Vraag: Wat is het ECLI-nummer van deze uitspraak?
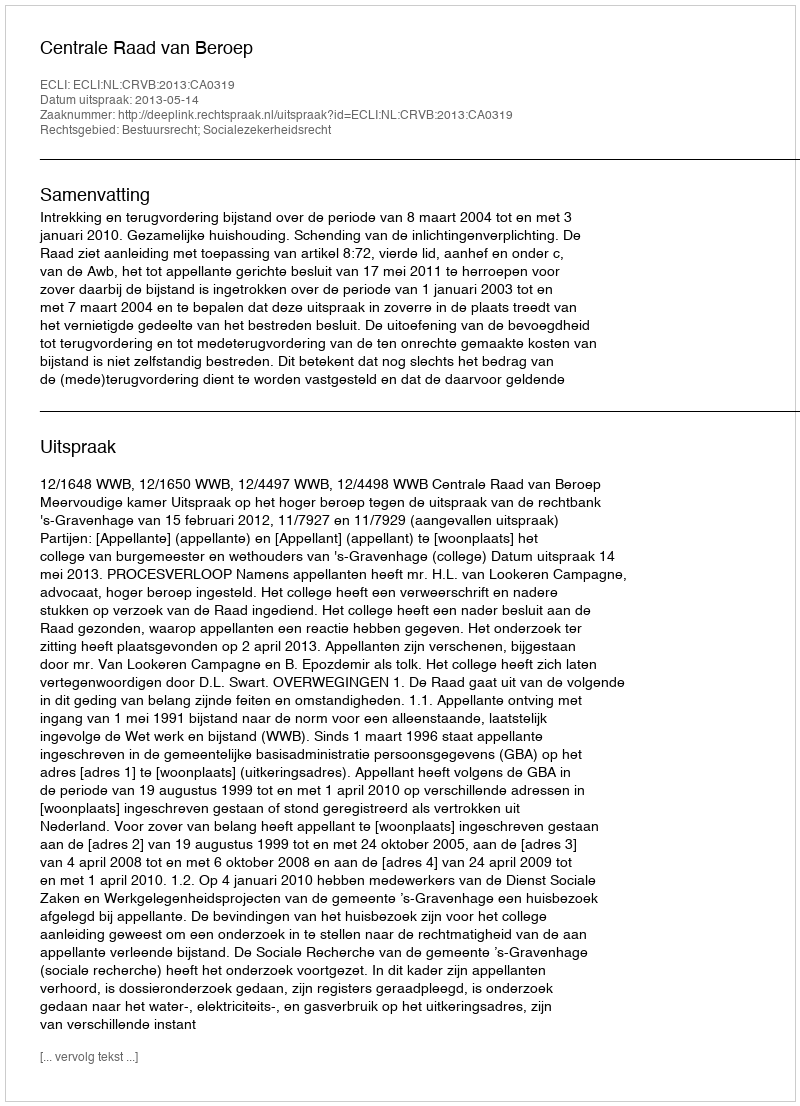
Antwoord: ECLI:NL:CRVB:2013:CA0319